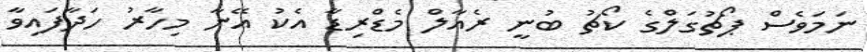
ނަމަވެސް ޕޯޗުގަލްގެ ކޯޗު ބުނީ ރެއާލް މެޑްރިޑާ އެކު އޭނާ މިހާރު ހަދާފައިވާ